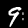
Digit: 9